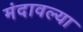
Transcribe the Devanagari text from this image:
मंदावल्या